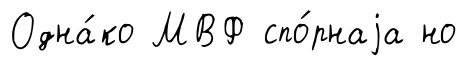
Одна́ко МВФ спо́рнаjа но